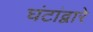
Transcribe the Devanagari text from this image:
घंटांद्वारे